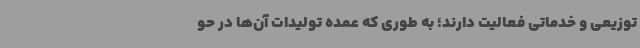
توزیعی و خدماتی فعالیت دارند؛ به طوری که عمده تولیدات آن‌ها در حو